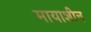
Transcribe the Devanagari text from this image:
मायाशीन